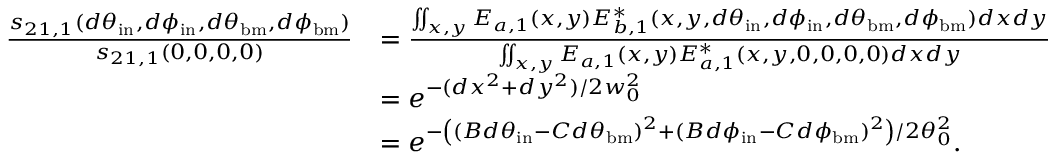
\begin{array} { r l } { \frac { s _ { 2 1 , 1 } ( d \theta _ { \mathrm { i n } } , d \phi _ { \mathrm { i n } } , d \theta _ { \mathrm { b m } } , d \phi _ { \mathrm { b m } } ) } { s _ { 2 1 , 1 } ( 0 , 0 , 0 , 0 ) } } & { = \frac { \iint _ { x , y } E _ { a , 1 } ( x , y ) E _ { b , 1 } ^ { * } ( x , y , d \theta _ { \mathrm { i n } } , d \phi _ { \mathrm { i n } } , d \theta _ { \mathrm { b m } } , d \phi _ { \mathrm { b m } } ) d x d y } { \iint _ { x , y } E _ { a , 1 } ( x , y ) E _ { a , 1 } ^ { * } ( x , y , 0 , 0 , 0 , 0 ) d x d y } } \\ & { = e ^ { - ( d x ^ { 2 } + d y ^ { 2 } ) / 2 w _ { 0 } ^ { 2 } } } \\ & { = e ^ { - \left( ( B d \theta _ { \mathrm { i n } } - C d \theta _ { \mathrm { b m } } ) ^ { 2 } + ( B d \phi _ { \mathrm { i n } } - C d \phi _ { \mathrm { b m } } ) ^ { 2 } \right) / 2 \theta _ { 0 } ^ { 2 } } . } \end{array}